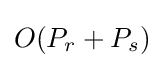
O(P_{r}+P_{s})